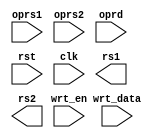
module register(oprs1,oprs2,oprd,wrt_en,rst,clk,rs1,rs2,wrt_data);
input wire clk;
input [31:0]wrt_data;
input [4:0]oprs1,oprs2,oprd;
input wrt_en,rst;
output reg [31:0] rs1,rs2;

reg [31:0] register [31:0];

integer i;

always @(oprs1 )begin
    // rs1[0] = 0;
    register[0] = 0;
    register[oprs1] = rs1;
end

always @(oprs2 )begin
    // rs2[0] = 0;
    register[0] = 0;
    register[oprs2] = rs2;
end
always @(posedge clk)begin
    if(rst)begin
        for (i = 0; i <= 31; i++) begin
            register[i] = 0;
        end
    end else begin
        register[oprd] = wrt_data;
        end
end
    // assign rs1 = (oprs1 != 0) ? register[oprs1] : 0;    // if reg[0] = 0
    // assign rs2 = (oprs2 != 0) ? register[oprs2] : 0;    // if reg[0] = 0
// always @(posedge clk)begin
//     if(wrt_en & !rst)begin
//         register[oprd]<=wrt_data;
//     end
// end

endmodule